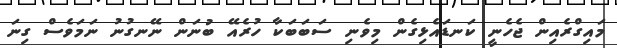
މައިގްރެއިން ޖެހެނީ ކަނޑައެޅިގެން މިވެނި ސަބަބަކާ ހުރެއޭ ބުނަން ނޭނގުނު ނަމަވެސް ގިނަ